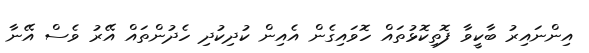
އިންނައިރު ބާކީވާ ފޮތިކޮޅުތައް ހޮވައިގެން އެއިން ކުދިކުދި ހެދުންތައް އޭރު ވެސް އޭނާ